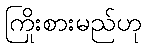
ကြိုးစားမည်ဟု